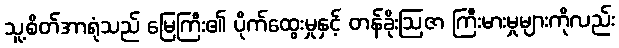
သူ့စိတ်အာရုံသည် မြေကြီး၏ ပိုက်ထွေးမှုနှင့် တန်ခိုးဩဇာ ကြီးမားမှုများကိုလည်း